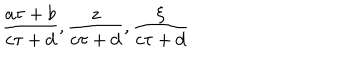
\frac { a \tau + b } { c \tau + d } , \frac { z } { c \tau + d } , \frac { \xi } { c \tau + d }